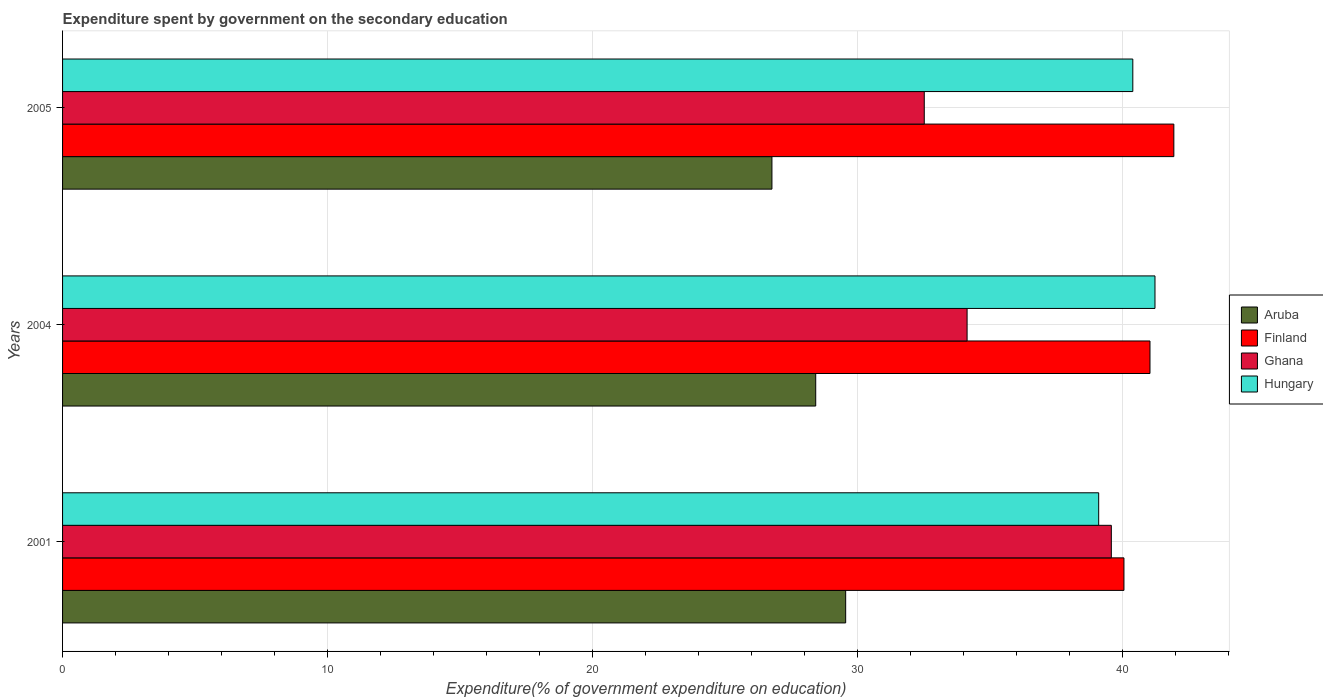
| Years | Aruba | Finland | Ghana | Hungary |
 | --- | --- | --- | --- | --- |
 | 2001 | 29.6 | 40.1 | 39.6 | 39.1 |
 | 2004 | 28.4 | 41 | 34.1 | 41.2 |
 | 2005 | 26.8 | 41.9 | 32.5 | 40.4 |